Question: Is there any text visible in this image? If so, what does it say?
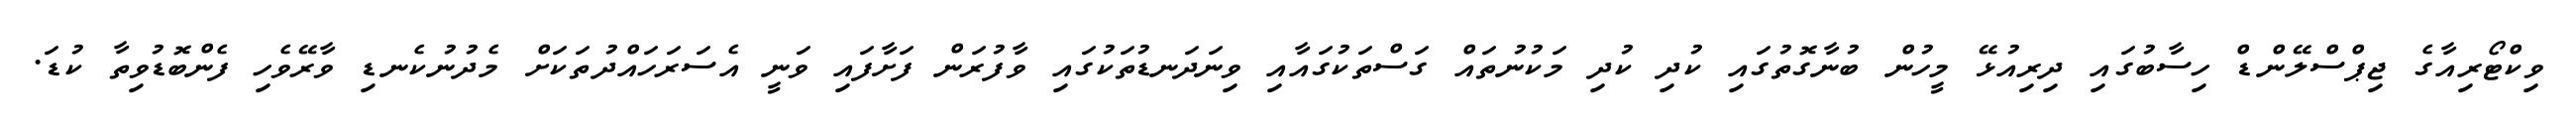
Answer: ވިކްޓޯރިއާގެ ޖިޕްސްލޭންޑް ހިސާބުގައި ދިރިއުޅޭ މީހުން ބުނާގޮތުގައި ކުދި ކުދި މަކުނުތައް ގަސްތަކުގައާއި ވިނަދަނޑުތަކުގައި ވާފުރަން ފަށާފައި ވަނީ އެސަރަހައްދުތަކަށް މެދުނުކެނޑި ވާރޭވެހި ފެންބޮޑުވިތާ ކުޑަ.